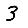
Digit: 3